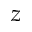
z